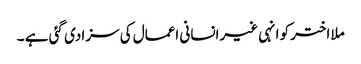
ملا اختر کو انہی غیرانسانی اعمال کی سزا دی گئی ہے ۔